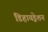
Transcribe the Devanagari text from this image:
डिहायड्रेशन